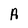
Character: A